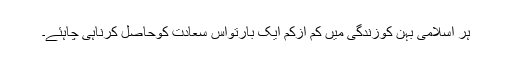
ہر اسلامی بَہن کوزندگی میں کم ازکم ایک بارتواِس سَعَادَت کوحاصِل کرناہی چاہئے۔